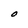
Character: O